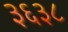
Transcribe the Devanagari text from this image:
३६३८